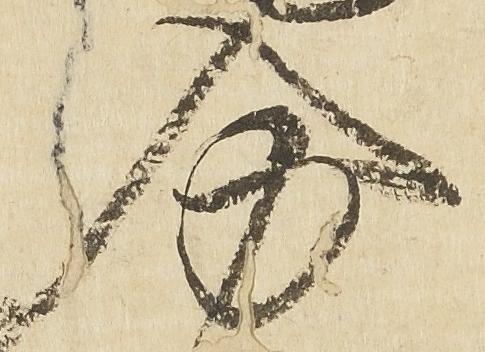
分